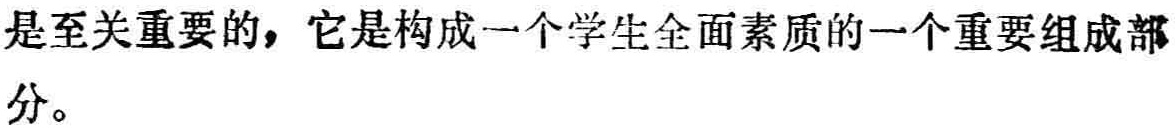
是至关重要的，它是构成一个学生全面素质的一个重要组成部
分。